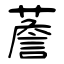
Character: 薝